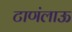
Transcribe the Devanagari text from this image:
टाणंलाऊ